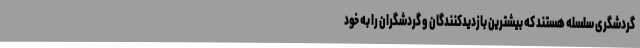
گردشگری سلسله هستند که بیشترین بازدیدکنندگان و گردشگران را به خود